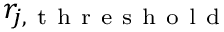
r _ { j , \mathrm { ~ t ~ h ~ r ~ e ~ s ~ h ~ o ~ l ~ d ~ } }